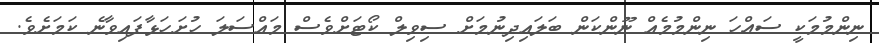
ނިންމުމަކީ ސައްހަ ނިންމުމެއް ނޫންކަން ބަލައިދިނުމަށް ސިވިލް ކޯޓަށްވެސް މައްސަލަ ހުށަހަޅާފައިވާނެ ކަމަށެވެ.